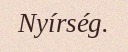
Nyírség.